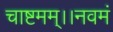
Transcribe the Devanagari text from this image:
चाष्टमम्।।नवमं